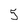
Character: 5